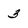
Character: 3